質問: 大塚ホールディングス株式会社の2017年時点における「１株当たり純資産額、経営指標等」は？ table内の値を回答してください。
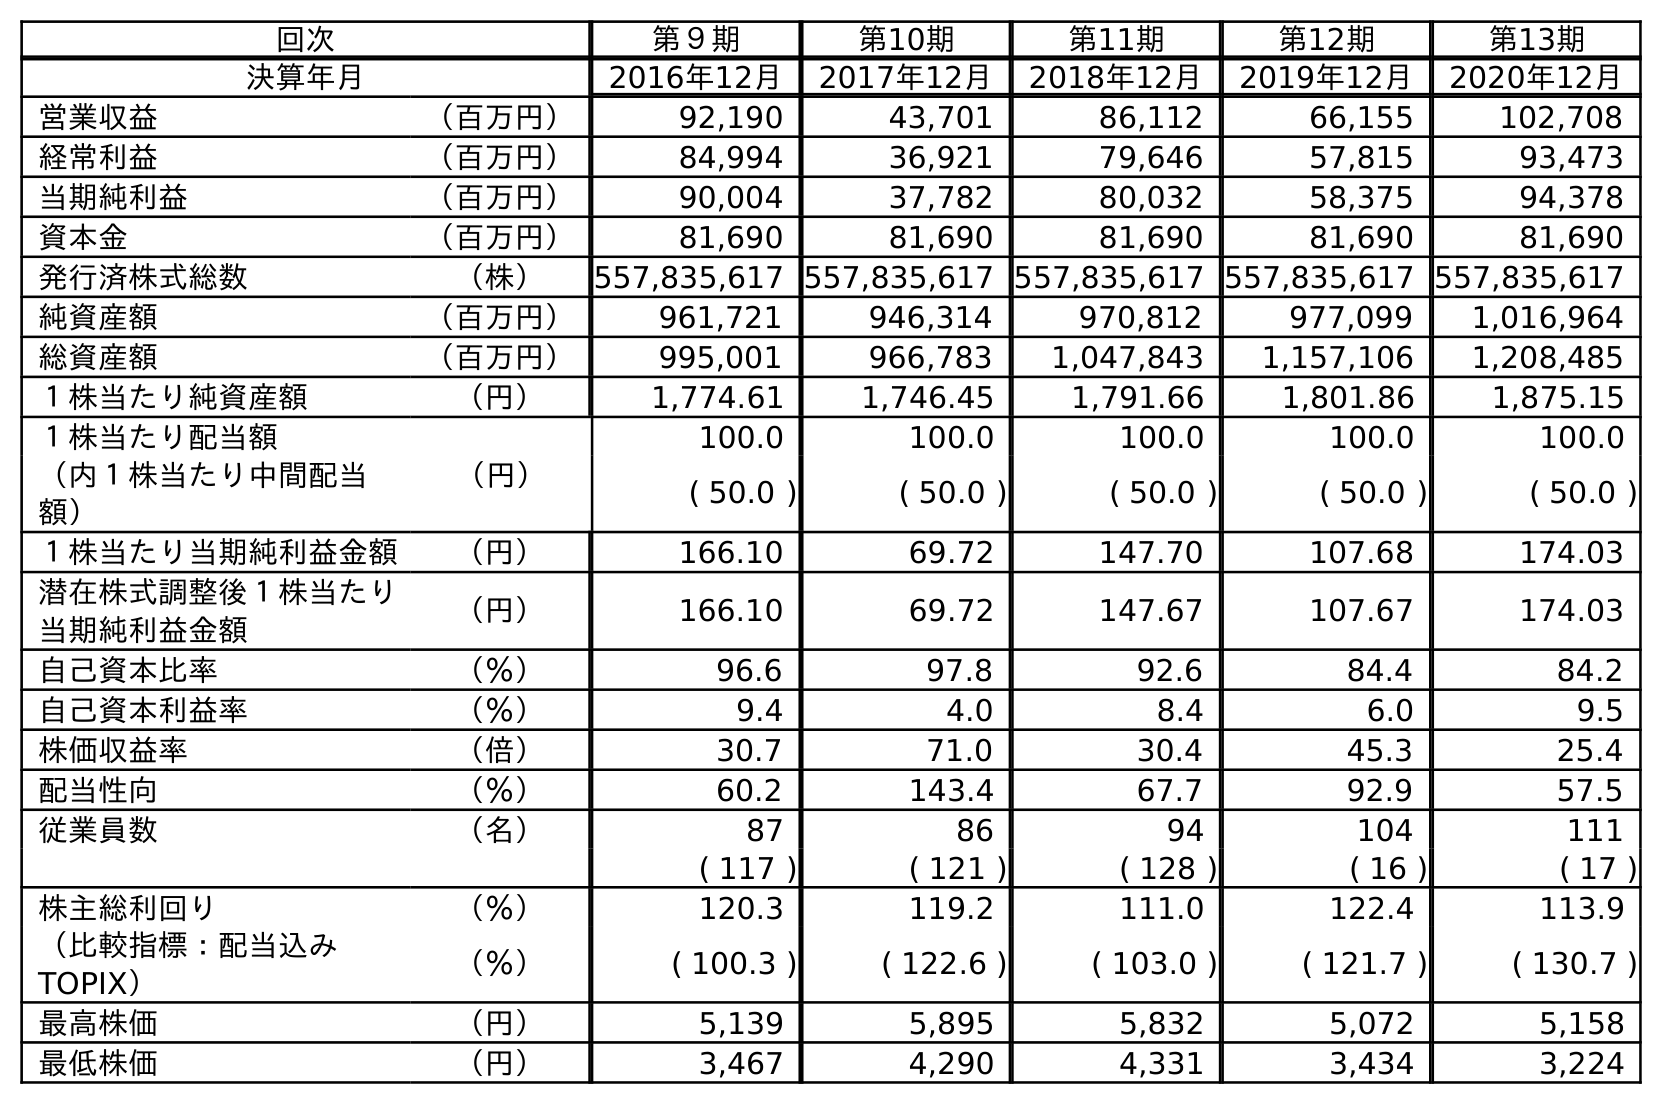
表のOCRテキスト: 回次 第９期 第10期 第11期 第12期 第13期 決算年月 2016年12月 2017年12月 2018年12月 2019年12月 2020年12月 営業収益 （百万円） 92,190 43,701 86,112 66,155 102,708 経常利益 （百万円） 84,994 36,921 79,646 57,815 93,473 当期純利益 （百万円） 90,004 37,782 80,032 58,375 94,378 資本金 （百万円） 81,690 81,690 81,690 81,690 81,690 発行済株式総数 （株） 557,835,617 557,835,617 557,835,617 557,835,617 557,835,617 純資産額 （百万円） 961,721 946,314 970,812 977,099 1,016,964 総資産額 （百万円） 995,001 966,783 1,047,843 1,157,106 1,208,485 １株当たり純資産額 （円） 1,774.61 1,746.45 1,791.66 1,801.86 1,875.15 １株当たり配当額 （円） 100.0 100.0 100.0 100.0 100.0 （内１株当たり中間配当 額） ( 50.0 ) ( 50.0 ) ( 50.0 ) ( 50.0 ) ( 50.0 ) １株当たり当期純利益金額 （円） 166.10 69.72 147.70 107.68 174.03 潜在株式調整後１株当たり 当期純利益金額 （円） 166.10 69.72 147.67 107.67 174.03 自己資本比率 （％） 96.6 97.8 92.6 84.4 84.2 自己資本利益率 （％） 9.4 4.0 8.4 6.0 9.5 株価収益率 （倍） 30.7 71.0 30.4 45.3 25.4 配当性向 （％） 60.2 143.4 67.7 92.9 57.5 従業員数 （名） 87 86 94 104 111 ( 117 ) ( 121 ) ( 128 ) ( 16 ) ( 17 ) 株主総利回り （％） 120.3 119.2 111.0 122.4 113.9 （比較指標：配当込み TOPIX） （％） ( 100.3 ) ( 122.6 ) ( 103.0 ) ( 121.7 ) ( 130.7 ) 最高株価 （円） 5,139 5,895 5,832 5,072 5,158 最低株価 （円） 3,467 4,290 4,331 3,434 3,224
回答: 1,746.45